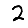
Digit: 2